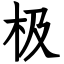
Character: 极